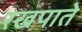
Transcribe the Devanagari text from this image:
रखपाते